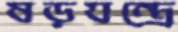
ষড়যন্ত্রে